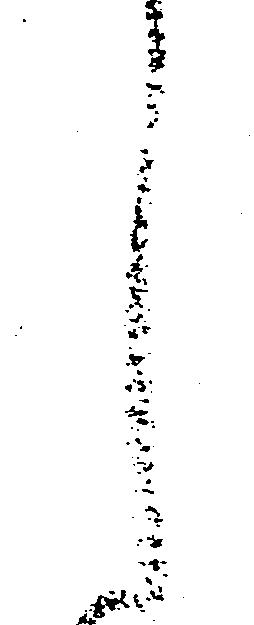
し